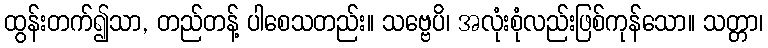
ထွန်းတက်၍သာ, တည်တန့် ပါစေသတည်း။ သဗ္ဗေပိ၊ အလုံးစုံလည်းဖြစ်ကုန်သော။ သတ္တာ၊